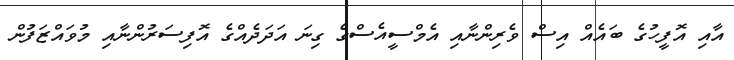
އާއި އޮފީހުގެ ބައެއް އިސް ވެރިންނާއި އެމްސީއެސްގެ ގިނަ އަދަދެއްގެ އޮފިސަރުންނާއި މުވައްޒަފުން